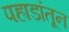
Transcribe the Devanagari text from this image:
पहाडांतून